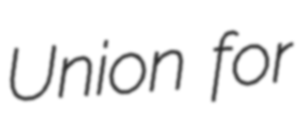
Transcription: Union for